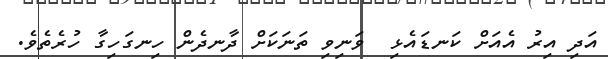
އަދި އިރު އެއަށް ކަނޑައެޅި  ވަނިވި ތަނަކަށް ދާނދެން ހިނގަހިގާ ހުރެތެވެ.